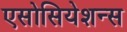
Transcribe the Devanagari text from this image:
एसोसियेशन्स